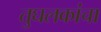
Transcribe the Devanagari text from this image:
तुघलकांचा